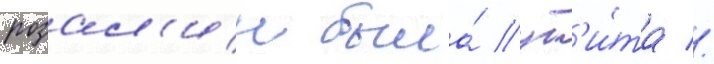
розал'ин была́ уб'и́та //